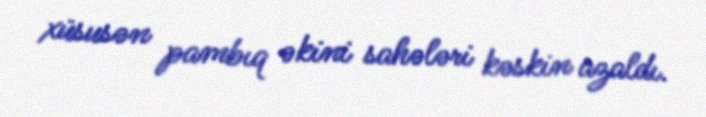
xüsusən pambıq əkini sahələri kəskin azaldı.